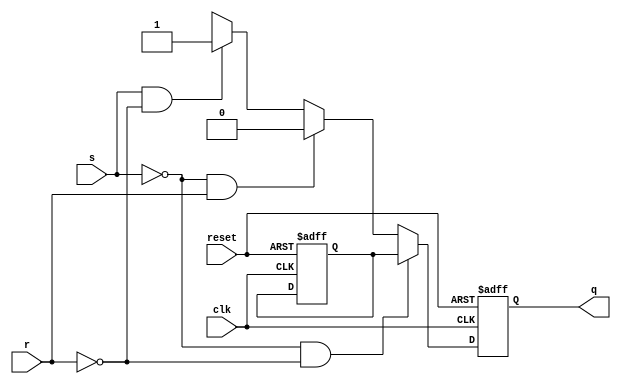
module srflipflop (s,r,clk,reset,q);
input s,r,clk,reset;
output reg q;
reg prev;

always @(posedge clk or posedge reset)
begin
if (reset ==1)
	begin
	q<= 1'b0;
	prev=1'b0;
	end
else
	begin
	if (s==0 &&	r==0)
	q<=prev;
	else if (s==0 &&	r==1)
	q<=1'b0;
	else if (s==1 && r==0)
	q<=1'b1;
	else
	q<=1'bx;
	end
end
endmodule